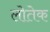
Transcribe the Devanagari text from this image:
लोतेक